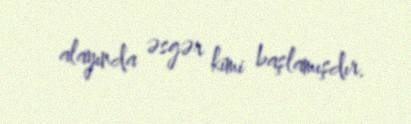
alayında əsgər kimi başlamışdır.